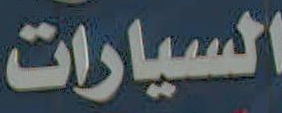
السيارات